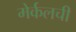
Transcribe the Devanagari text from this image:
मेर्कलची